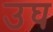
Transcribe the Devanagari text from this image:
उघ